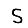
Digit: 5